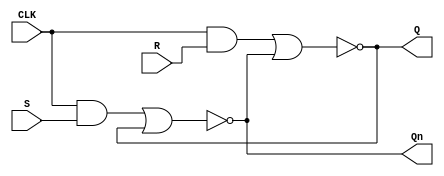
module Mihir_SR_Latch(Q, Qn, CLK, S, R);
   output Q;
   output Qn;
   input  CLK;   
   input  S;
   input  R;

   wire   S1;
   wire   R1;
   
   and(S1, CLK, S);
   and(R1, CLK, R);   
   nor(Qn, S1, Q);
   nor(Q, R1, Qn);
endmodule